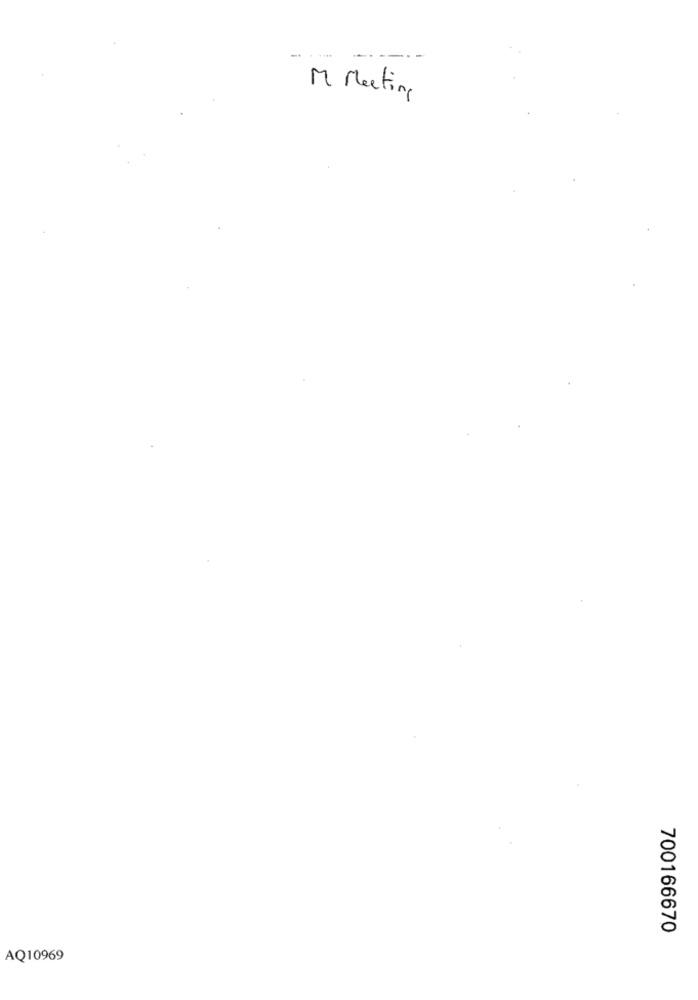
----
M Meeting
700166670
AQ10969